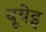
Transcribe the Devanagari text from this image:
बूयेइ